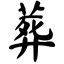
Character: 葬